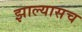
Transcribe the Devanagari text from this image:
झाल्यासच